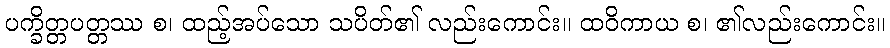
ပက္ခိတ္တပတ္တဿ စ၊ ထည့်အပ်သော သပိတ်၏ လည်းကောင်း။ ထဝိကာယ စ၊ ၏လည်းကောင်း။